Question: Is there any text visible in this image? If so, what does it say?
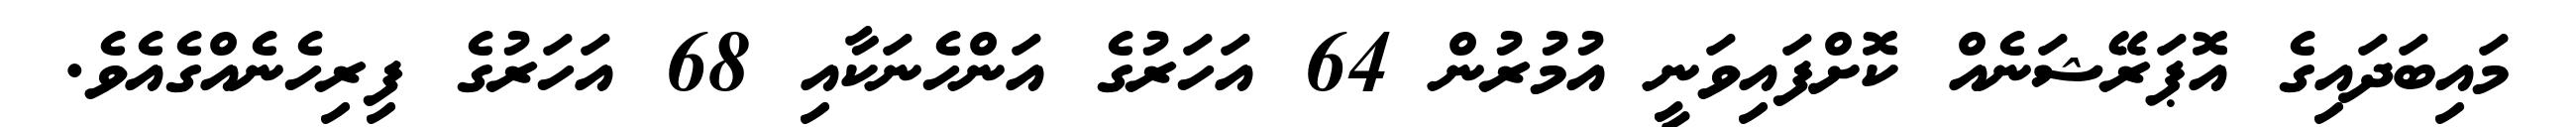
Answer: މައިބަދައިގެ އޮޕަރޭޝަނެއް ކޮށްފައިވަނީ އުމުރުން 64 އަހަރުގެ އަންހެނަކާއި 68 އަހަރުގެ ފިރިހެނެއްގެއެވެ.